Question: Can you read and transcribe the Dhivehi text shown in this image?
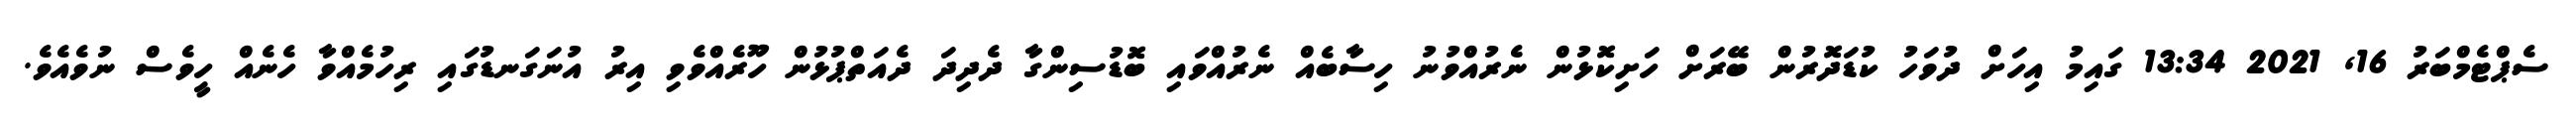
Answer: ސެޕްޓެމްބަރު 16, 2021 13:34 ގައިމު އިހަށް ދުވަހު ކުޑަދޮރުން ބޭރަށް ހަށިކޮޅުން ނެރުއްވުނު ހިސާބެއް ނެރުއްވައި ބޮޑުސިންގާ ދެދިދަ ދެއަތްޕުޅުން ހޫރެއްވެވި އިރު އުނަގަނޑުގައި ރިހުމެއްވާ ހެނެއް ހީވެސް ނުވެއެވެ.